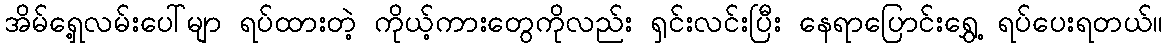
အိမ်ရှေ့လမ်းပေါ်မျာ ရပ်ထားတဲ့ ကိုယ့်ကားတွေကိုလည်း ရှင်းလင်းပြီး နေရာပြောင်းရွှေ့ ရပ်ပေးရတယ်။